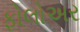
ફોલોઅર